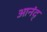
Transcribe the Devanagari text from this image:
आनंद्